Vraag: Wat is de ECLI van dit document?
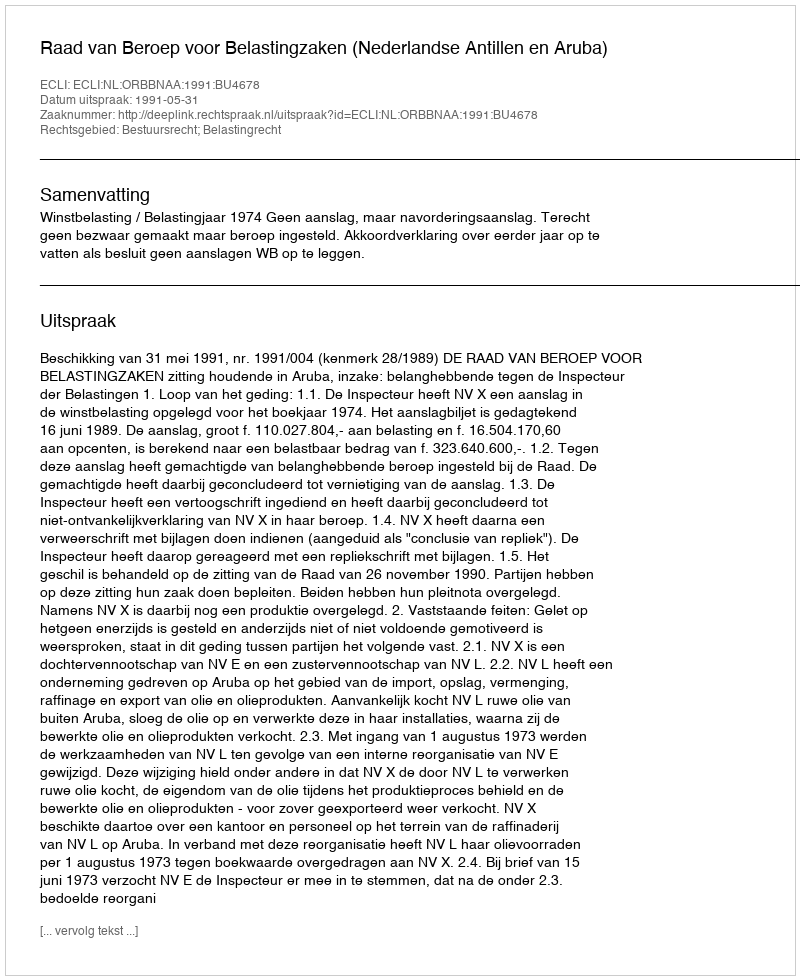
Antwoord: ECLI:NL:ORBBNAA:1991:BU4678